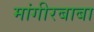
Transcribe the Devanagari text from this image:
मांगीरबाबा